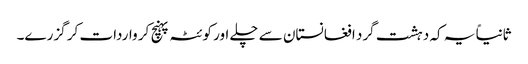
ثانیاً یہ کہ دہشت گرد افغانستان سے چلے اور کوئٹہ پہنچ کر واردات کر گزرے۔